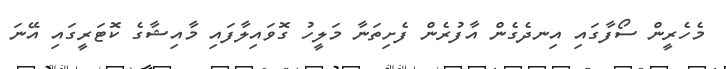
މެހެރީން ސޯފާގައި އިނދެގެން އާފުރެން ފެށިތަނާ މަލީހު ގޮވައިލާފައި މާއިޝާގެ ކޮޓަރީގައި އޭނަ